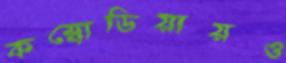
কম্বোডিয়ায়ও